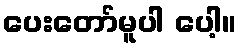
ပေးတော်မူပါ ပေါ့။